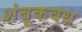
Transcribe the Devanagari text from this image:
शंबूकवध